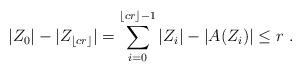
LaTeX: \begin{align*}|Z_{0}|-|Z_{\lfloor cr\rfloor}| = \sum_{i=0}^{\lfloor cr\rfloor-1} |Z_{i}|-|A(Z_{i})| \leq r ~.\end{align*}